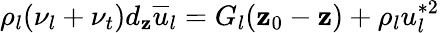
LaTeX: \rho_{l}(\nu_{l}+\nu_{t})d_{\mathbf{z}}\overline{{{u}}}_{l}=G_{l}(\mathbf{z}_{0}-\mathbf{z})+\rho_{l}u_{l}^{*2}